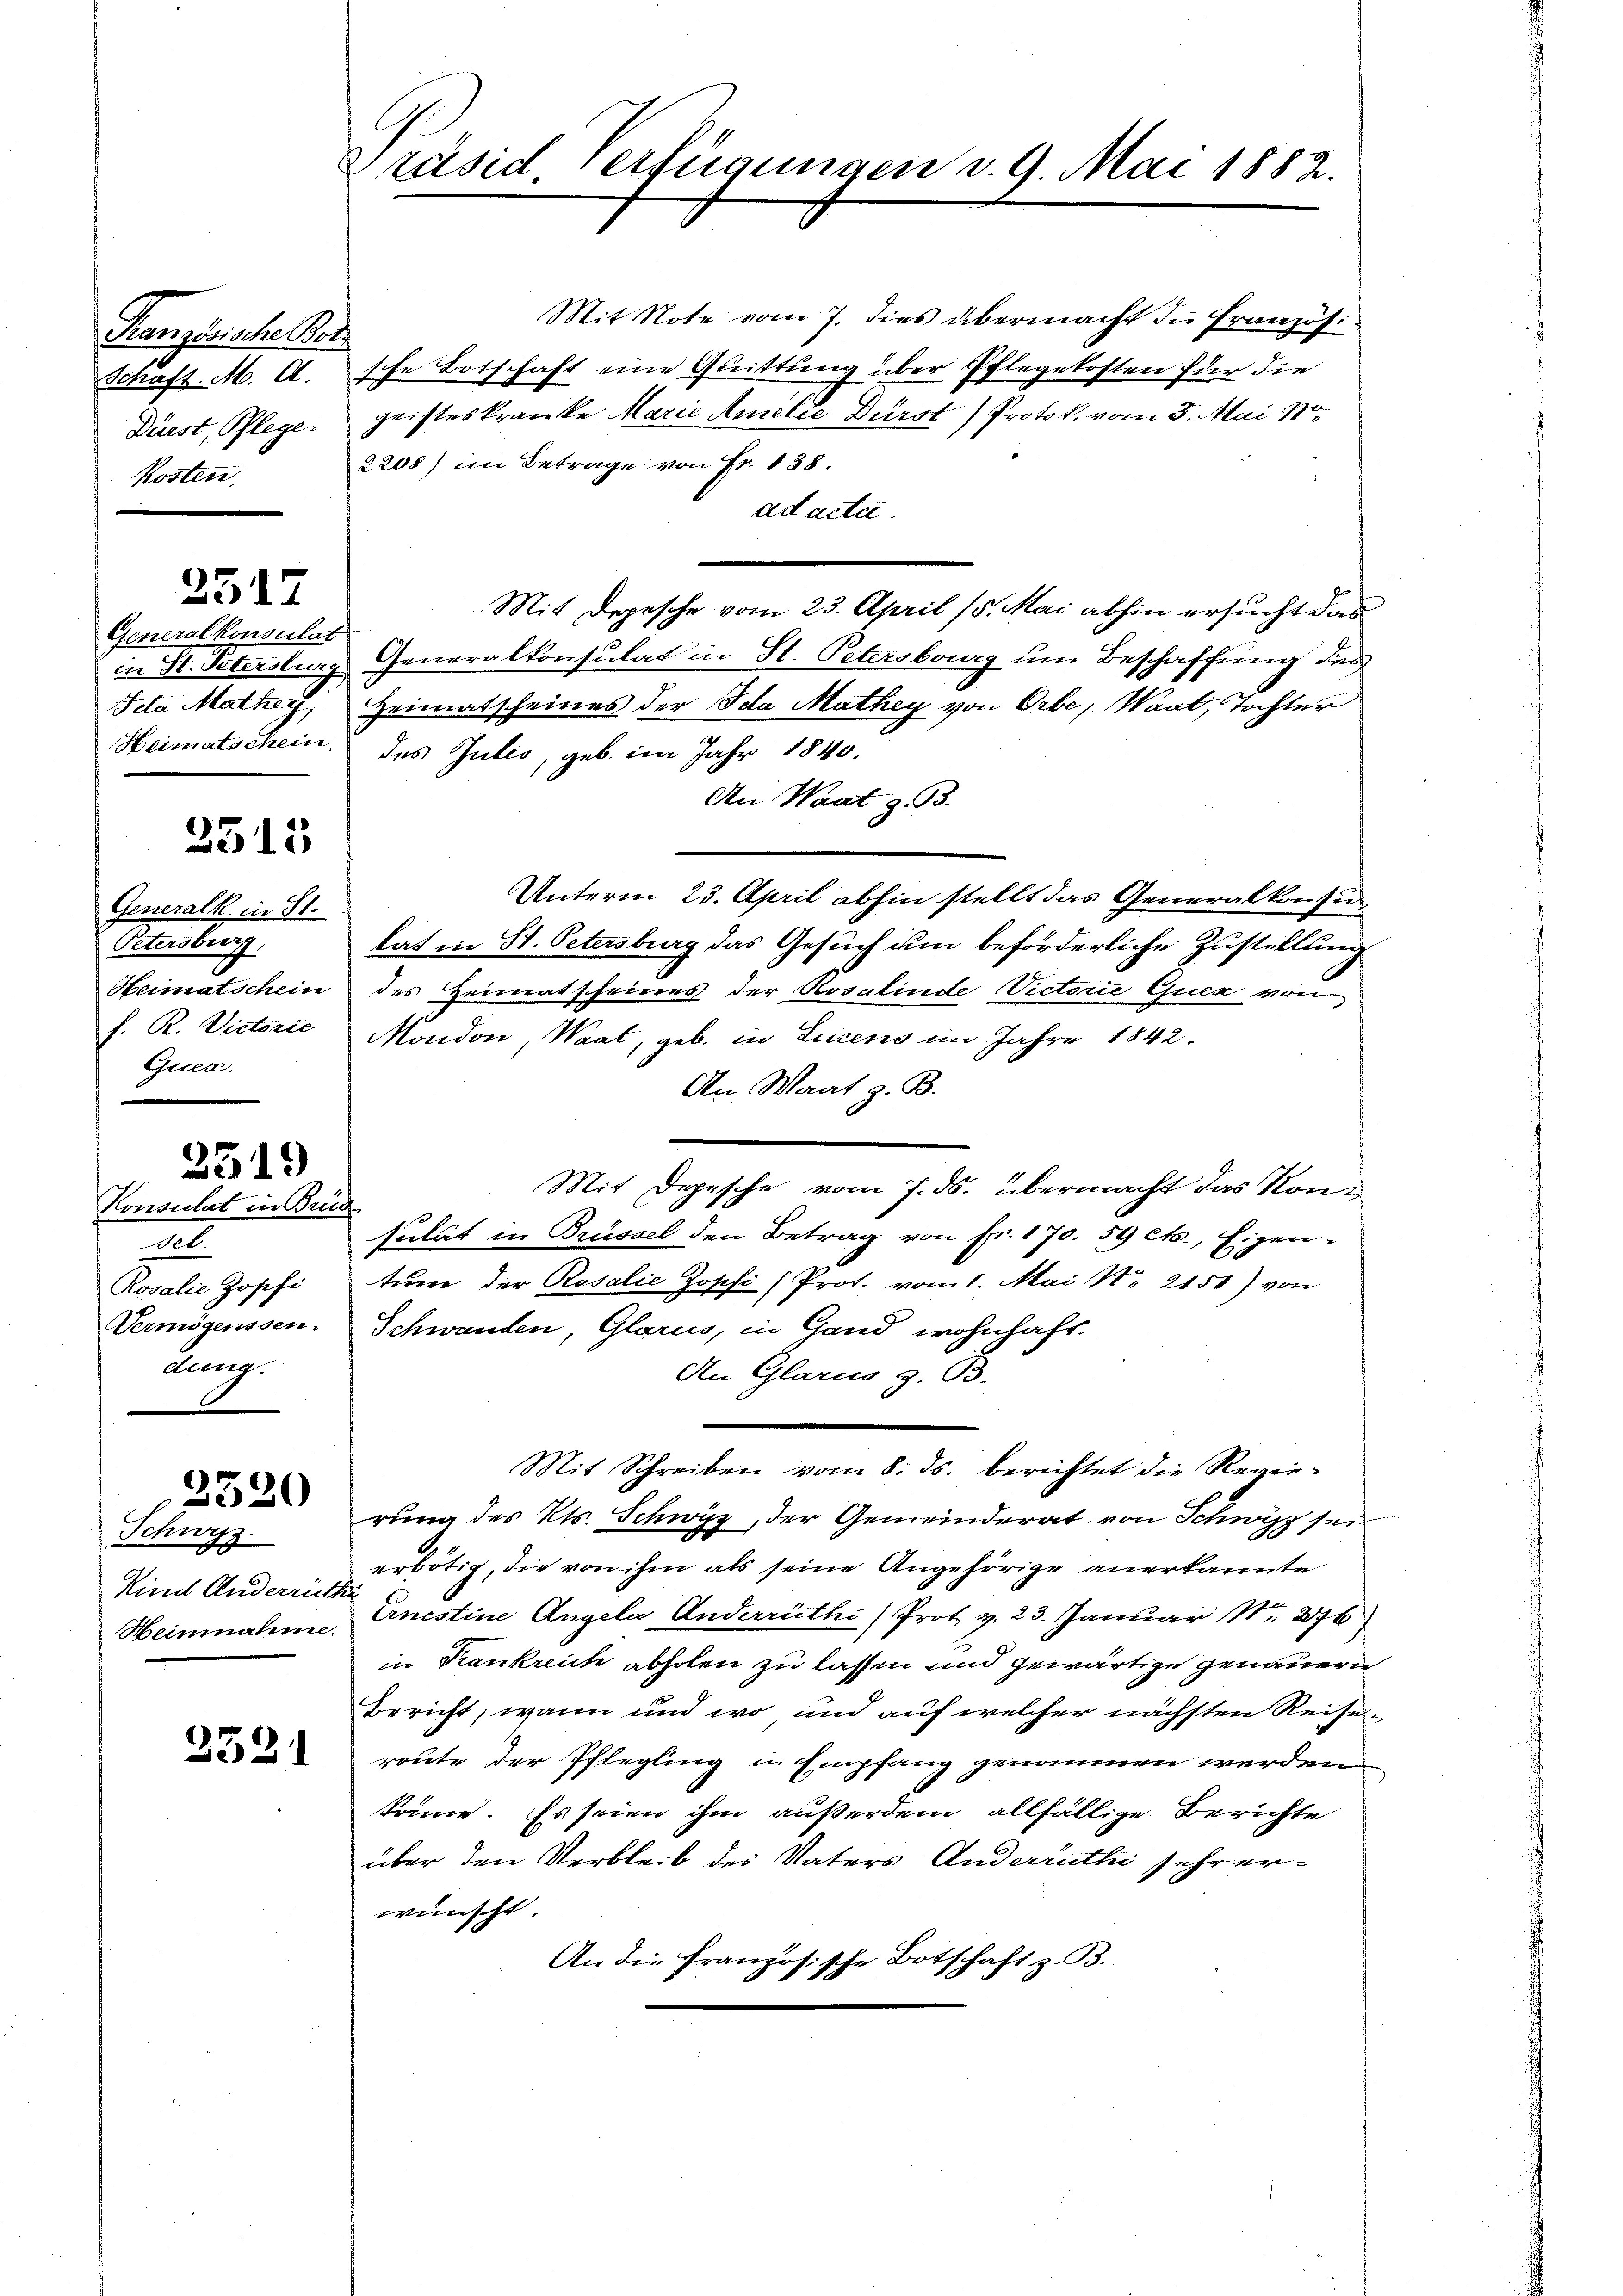
Französische Ber
Schaft. M. A.
Dürst, Pflege.
Kosten.

3517

Generalkonsulat
in St. Petersburg
Heimatschein

2315

Generalk in St.
Petersburg,
Heimatschein
f. R. Victorie
Guea.

3519

Konsulat in Brud
d.
Rovalie Josefi
Vermögenssen.
dung.

3320

Schweiz.
h
Kind Anderrütt
Heinnahme.

2521

Präsid, verfügungen v. 9. Mai 1882.

Mit Note vom 7. dies übermacht die Französi
sche Botschaft eine Quittung über Pflegekosten für die
geisteskranke Marie Amilie Durst) Protok. vom 5. Mai 18
2208) im Betrage von Fr. 138.
ad acta.
Mit Depesche vom 23. April (5. Mai abhin ersucht das
Generalkonsulat in St. Petersburg um Beschaffung des
Scla Mathy, Heimatscheines der Ida Mathey von Orbe, Waat, Tochter
des Gutes, geb. im Jahr 1840.
An Waatz. 93.
Unterm 23. April abhin stellt das Generalkonsu
tat in St. Petersburg das Gesuch um beförderliche Zustellung
des Heimatscheines der Rosalinde Victorie Euer von
Mondon, Waat, geb. in Licens im Jahre 1842
An Waat z. B.
Mit Depesche vom 7. ds. übermacht das Konsulät in Brüssel den Betrag von Fr. 170. 59 cts., Eigen-
tum der Rosalie Zoschi (Prot. vom 1. Mai No 2151) von
Schwanden, Glarus, in Gand wohnhaft.
An Glarus z. B.
Mit Schreiben vom 8. ds. berichtet die Regierung des Kts. Schwyz, der Gemeinderat von Schwyz sei
erbötig, die von ihm als seine Angehörige anerkannte
Ernestine Angela Anderrüthi/Prot v. 23. Januar Nr. 276
in Krankreich abholen zu lassen und gewärtige genauern
Bericht, wann und wo und auf welcher nächsten Reiseroute der Pflegling in Empfang genommen werden
könne. Es seien ihm außerdem allfällige Berichte
über den Verbleib der Vaters Anderruthe sehr erwünscht.
An die französische Botschaft z. B.